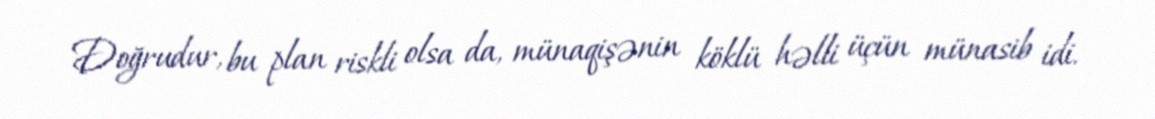
Doğrudur, bu plan riskli olsa da, münaqişənin köklü həlli üçün münasib idi.